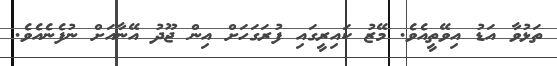
ތަޅުވާ އަޑު އިވޭތީއެވެ. މޭޒު ކައިރީގައި ފުރަގަހަށް އިން ޖޫދު އޭނާއަށް ނުފެނެއެވެ.